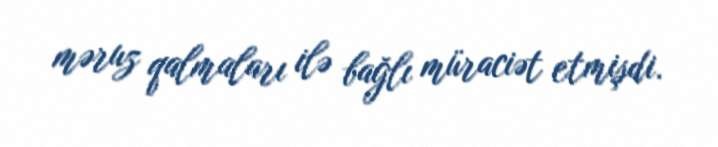
məruz qalmaları ilə bağlı müraciət etmişdi.